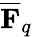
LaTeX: {\overline{{\mathbf{F}}}}_{q}